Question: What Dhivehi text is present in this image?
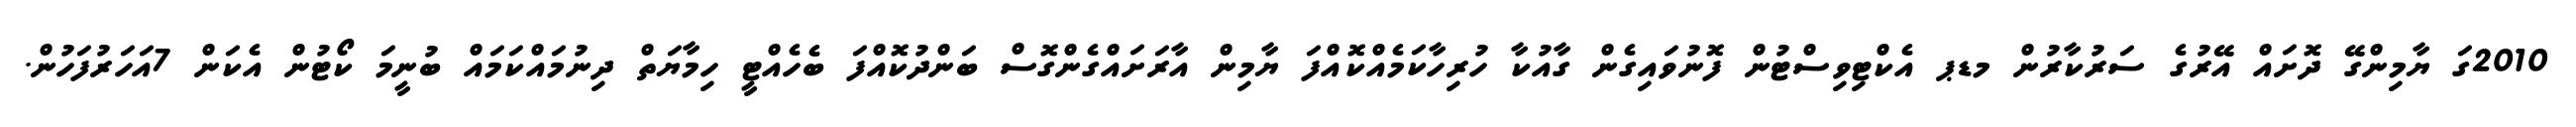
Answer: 2010ގަ ޔާމިންގޭ ދޮށައް އޭރުގެ ސަރުކާރުން މޑޕ އެކްޓިވިސްޓުން ފޮނުވައިގެން ގާއުކާ ހުރިހާކަމެއްކޮއްފަ ޔާމިން އާރަށައްގެންގޮސް ބަންދުކޮއްފަ ބެހެއްޓީ ހިމާޔަތް ދިނުމައްކަމައް ބުނީމަ ކޯޓުން އެކަން 7އަހަރުފަހުން.